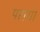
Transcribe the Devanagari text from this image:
परागा